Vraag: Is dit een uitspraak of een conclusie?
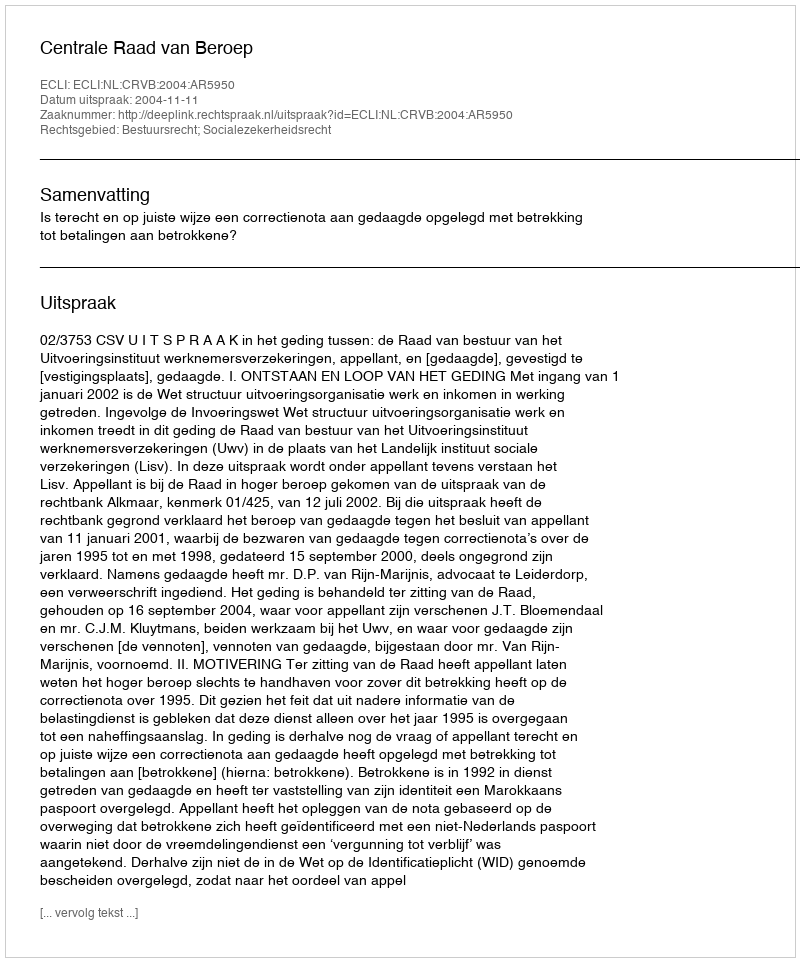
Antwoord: Uitspraak